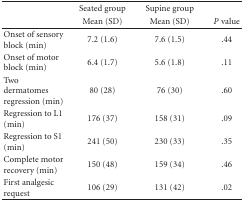
|  | Seated group | Supine group |  |
 |  | Mean (SD) | Mean (SD) | P value |
 | --- | --- | --- | --- |
 | Onset of sensory block (min) | 7.2 (1.6) | 7.6 (1.5) | .44 |
 | Onset of motor block (min) | 6.4 (1.7) | 5.6 (1.8) | .11 |
 | Two dermatomes regression (min) | 80 (28) | 76 (30) | .60 |
 | Regression to L1 (min) | 176 (37) | 158 (31) | .09 |
 | Regression to S1 (min) | 241 (50) | 230 (33) | .35 |
 | Complete motor recovery (min) | 150 (48) | 159 (34) | .46 |
 | First analgesic request | 106 (29) | 131 (42) | .02 |